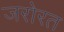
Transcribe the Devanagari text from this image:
जरोरत